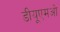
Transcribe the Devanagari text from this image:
डीयूएमओ